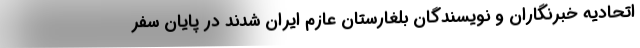
اتحادیه خبرنگاران و نویسندگان بلغارستان عازم ایران شدند در پایان سفر